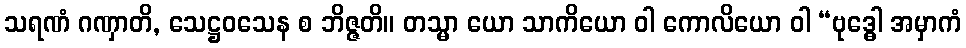
သရဏံ ဂဏှာတိ, သေဋ္ဌဝသေန စ ဘိဇ္ဇတိ။ တသ္မာ ယော သာကိယော ဝါ ကောလိယော ဝါ “ဗုဒ္ဓေါ အမှာကံ